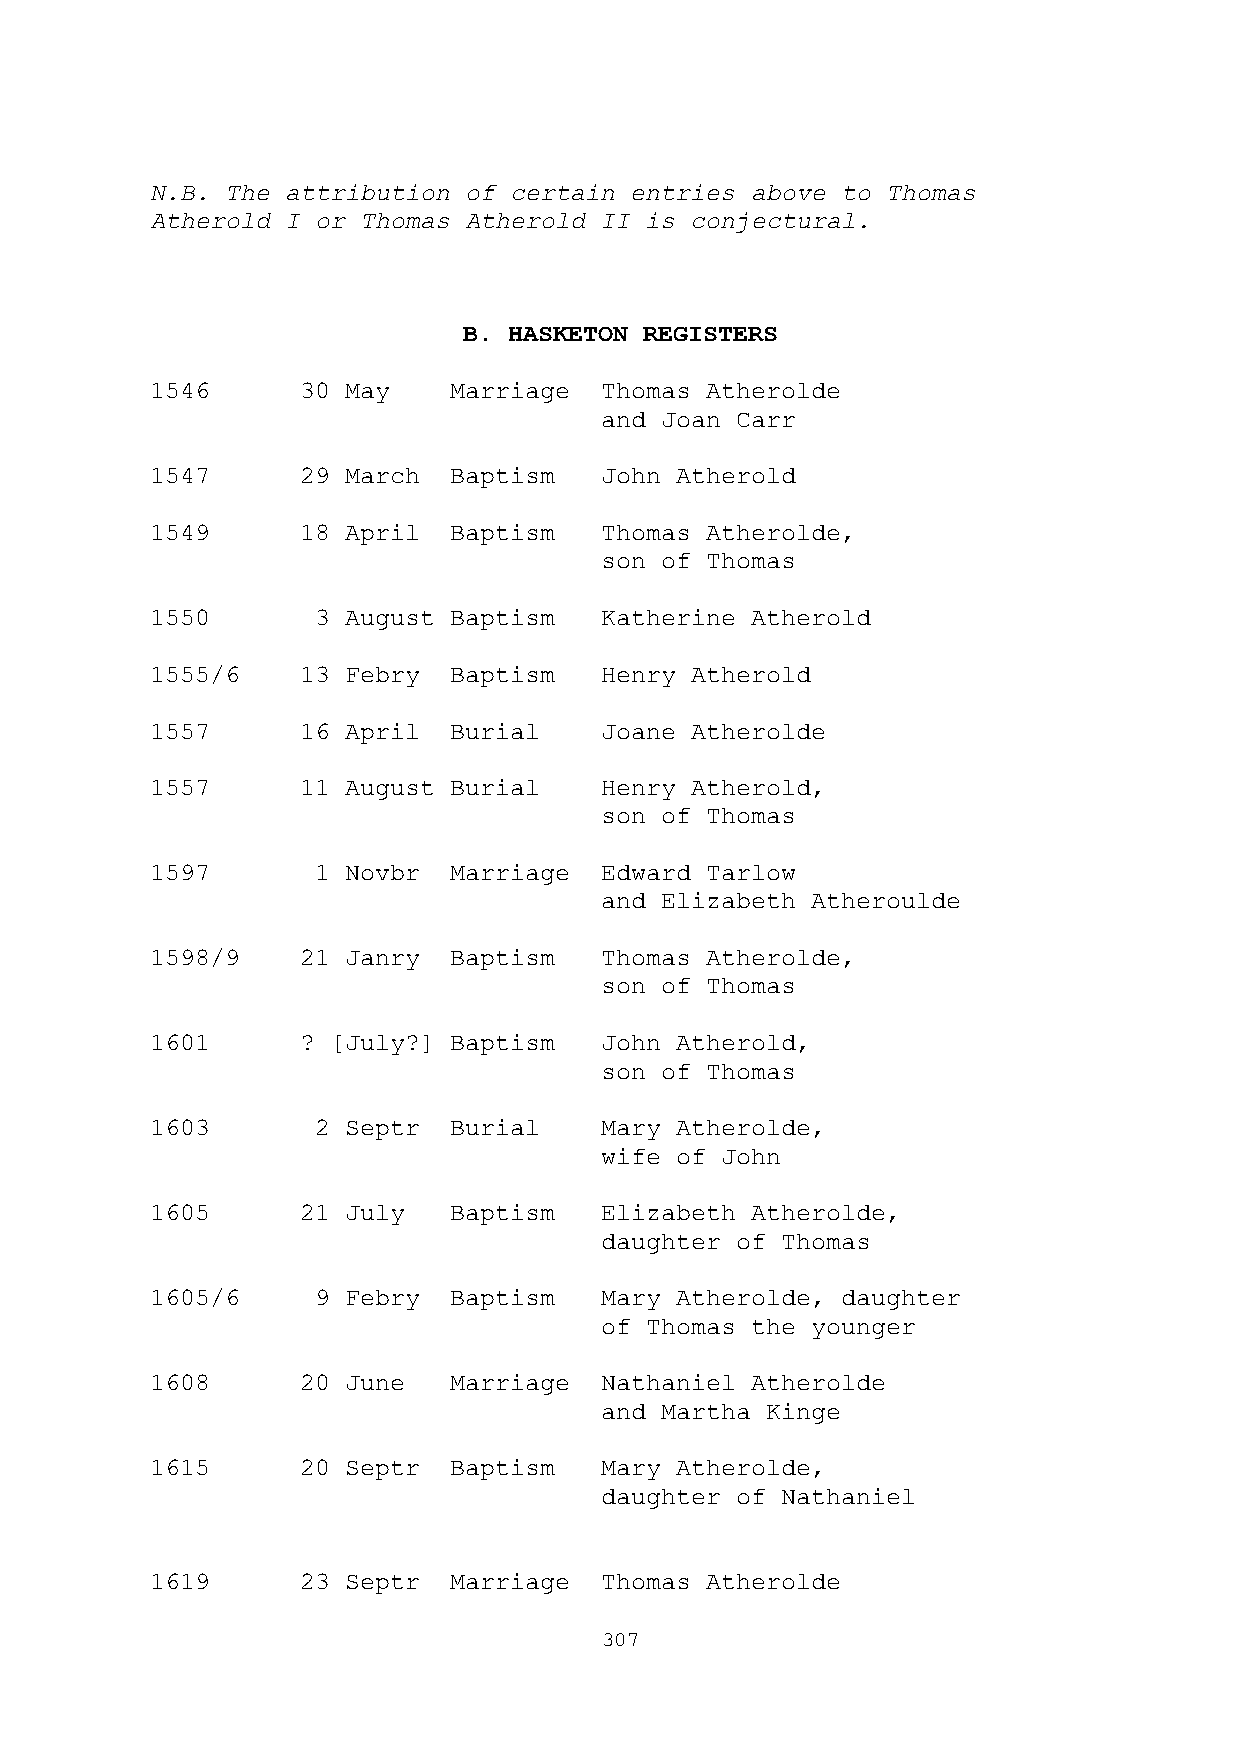
N.B. The attribution of certain entries above to Thomas
 Atherold I or Thomas Atherold II is conjectural.
 B. HASKETON REGISTERS
 1546      30 May    Marriage  Thomas Atherolde
 and Joan Carr
 1547      29 March  Baptism   John Atherold
 1549      18 April  Baptism   Thomas Atherolde,
 son of Thomas
 1550       3 August Baptism   Katherine Atherold
 1555/6    13 Febry  Baptism   Henry Atherold
 1557      16 April  Burial    Joane Atherolde
 1557      11 August Burial    Henry Atherold,
 son of Thomas
 1597       1 Novbr  Marriage  Edward Tarlow
 and Elizabeth Atheroulde
 1598/9    21 Janry  Baptism   Thomas Atherolde,
 son of Thomas
 1601      ? [July?] Baptism   John Atherold,
 son of Thomas
 1603       2 Septr  Burial    Mary Atherolde,
 wife of John
 1605      21 July   Baptism   Elizabeth Atherolde,
 daughter of Thomas
 1605/6     9 Febry  Baptism   Mary Atherolde, daughter
 of Thomas the younger
 1608      20 June   Marriage  Nathaniel Atherolde
 and Martha Kinge
 1615      20 Septr  Baptism   Mary Atherolde,
 daughter of Nathaniel
 1619      23 Septr  Marriage  Thomas Atherolde
 307